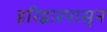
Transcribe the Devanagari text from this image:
हरिद्वारपासून